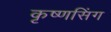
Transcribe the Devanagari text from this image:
कृष्णसिंग